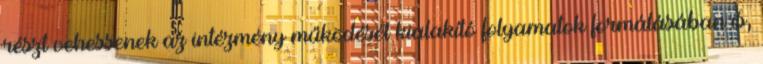
részt vehessenek az intézmény működését kialakító folyamatok formálásában is,